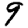
Digit: 9